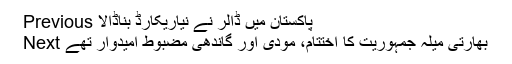
Previous پاکستان میں ڈالر نے نیاریکارڈ بناڈالا
Next بھارتی میلہ جمہوریت کا اختتام، مودی اور گاندھی مضبوط امیدوار تھے